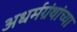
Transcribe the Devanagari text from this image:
अधर्मग्रंथांच्या